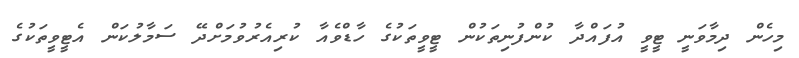
މިހެން ދިމާވަނީ ޓީވީ އުފައްދާ ކުންފުނިތަކުން ޓީވީތަކުގެ ހާޑްވެއާ ކުރިއެރުވުމަށްދޭ ސަމާލުކަން އެޓީވީތަކުގެ